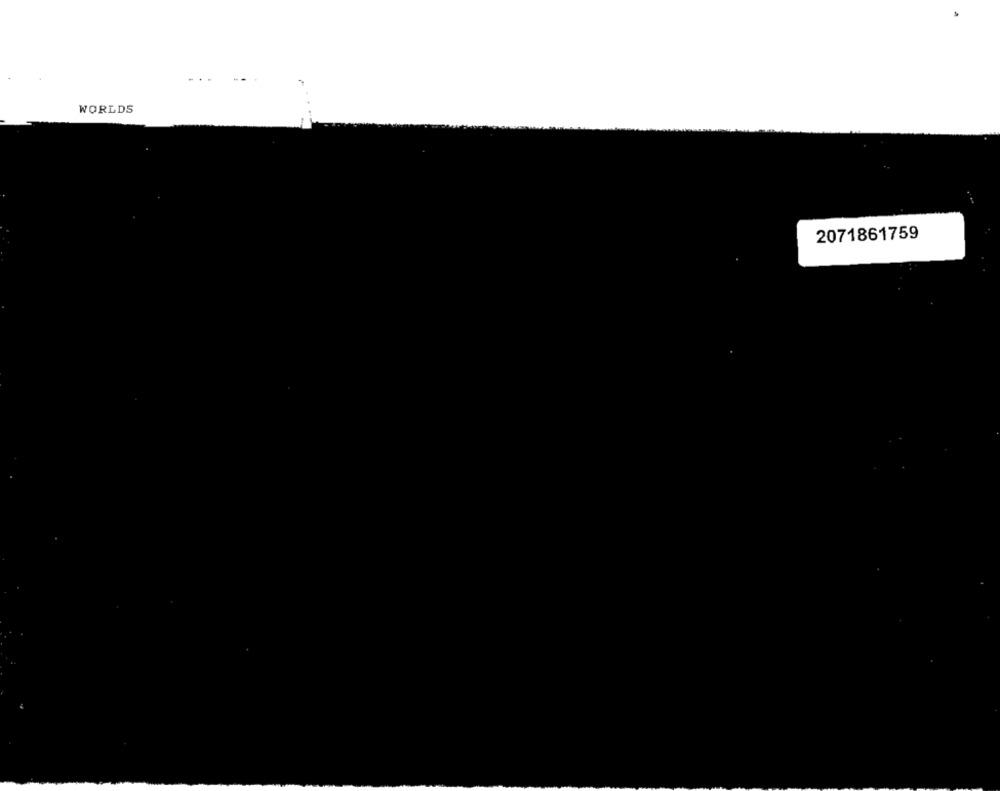
WORLDS
2071861759